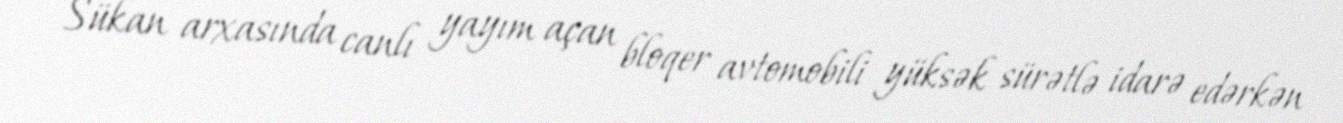
Sükan arxasında canlı yayım açan bloqer avtomobili yüksək sürətlə idarə edərkən